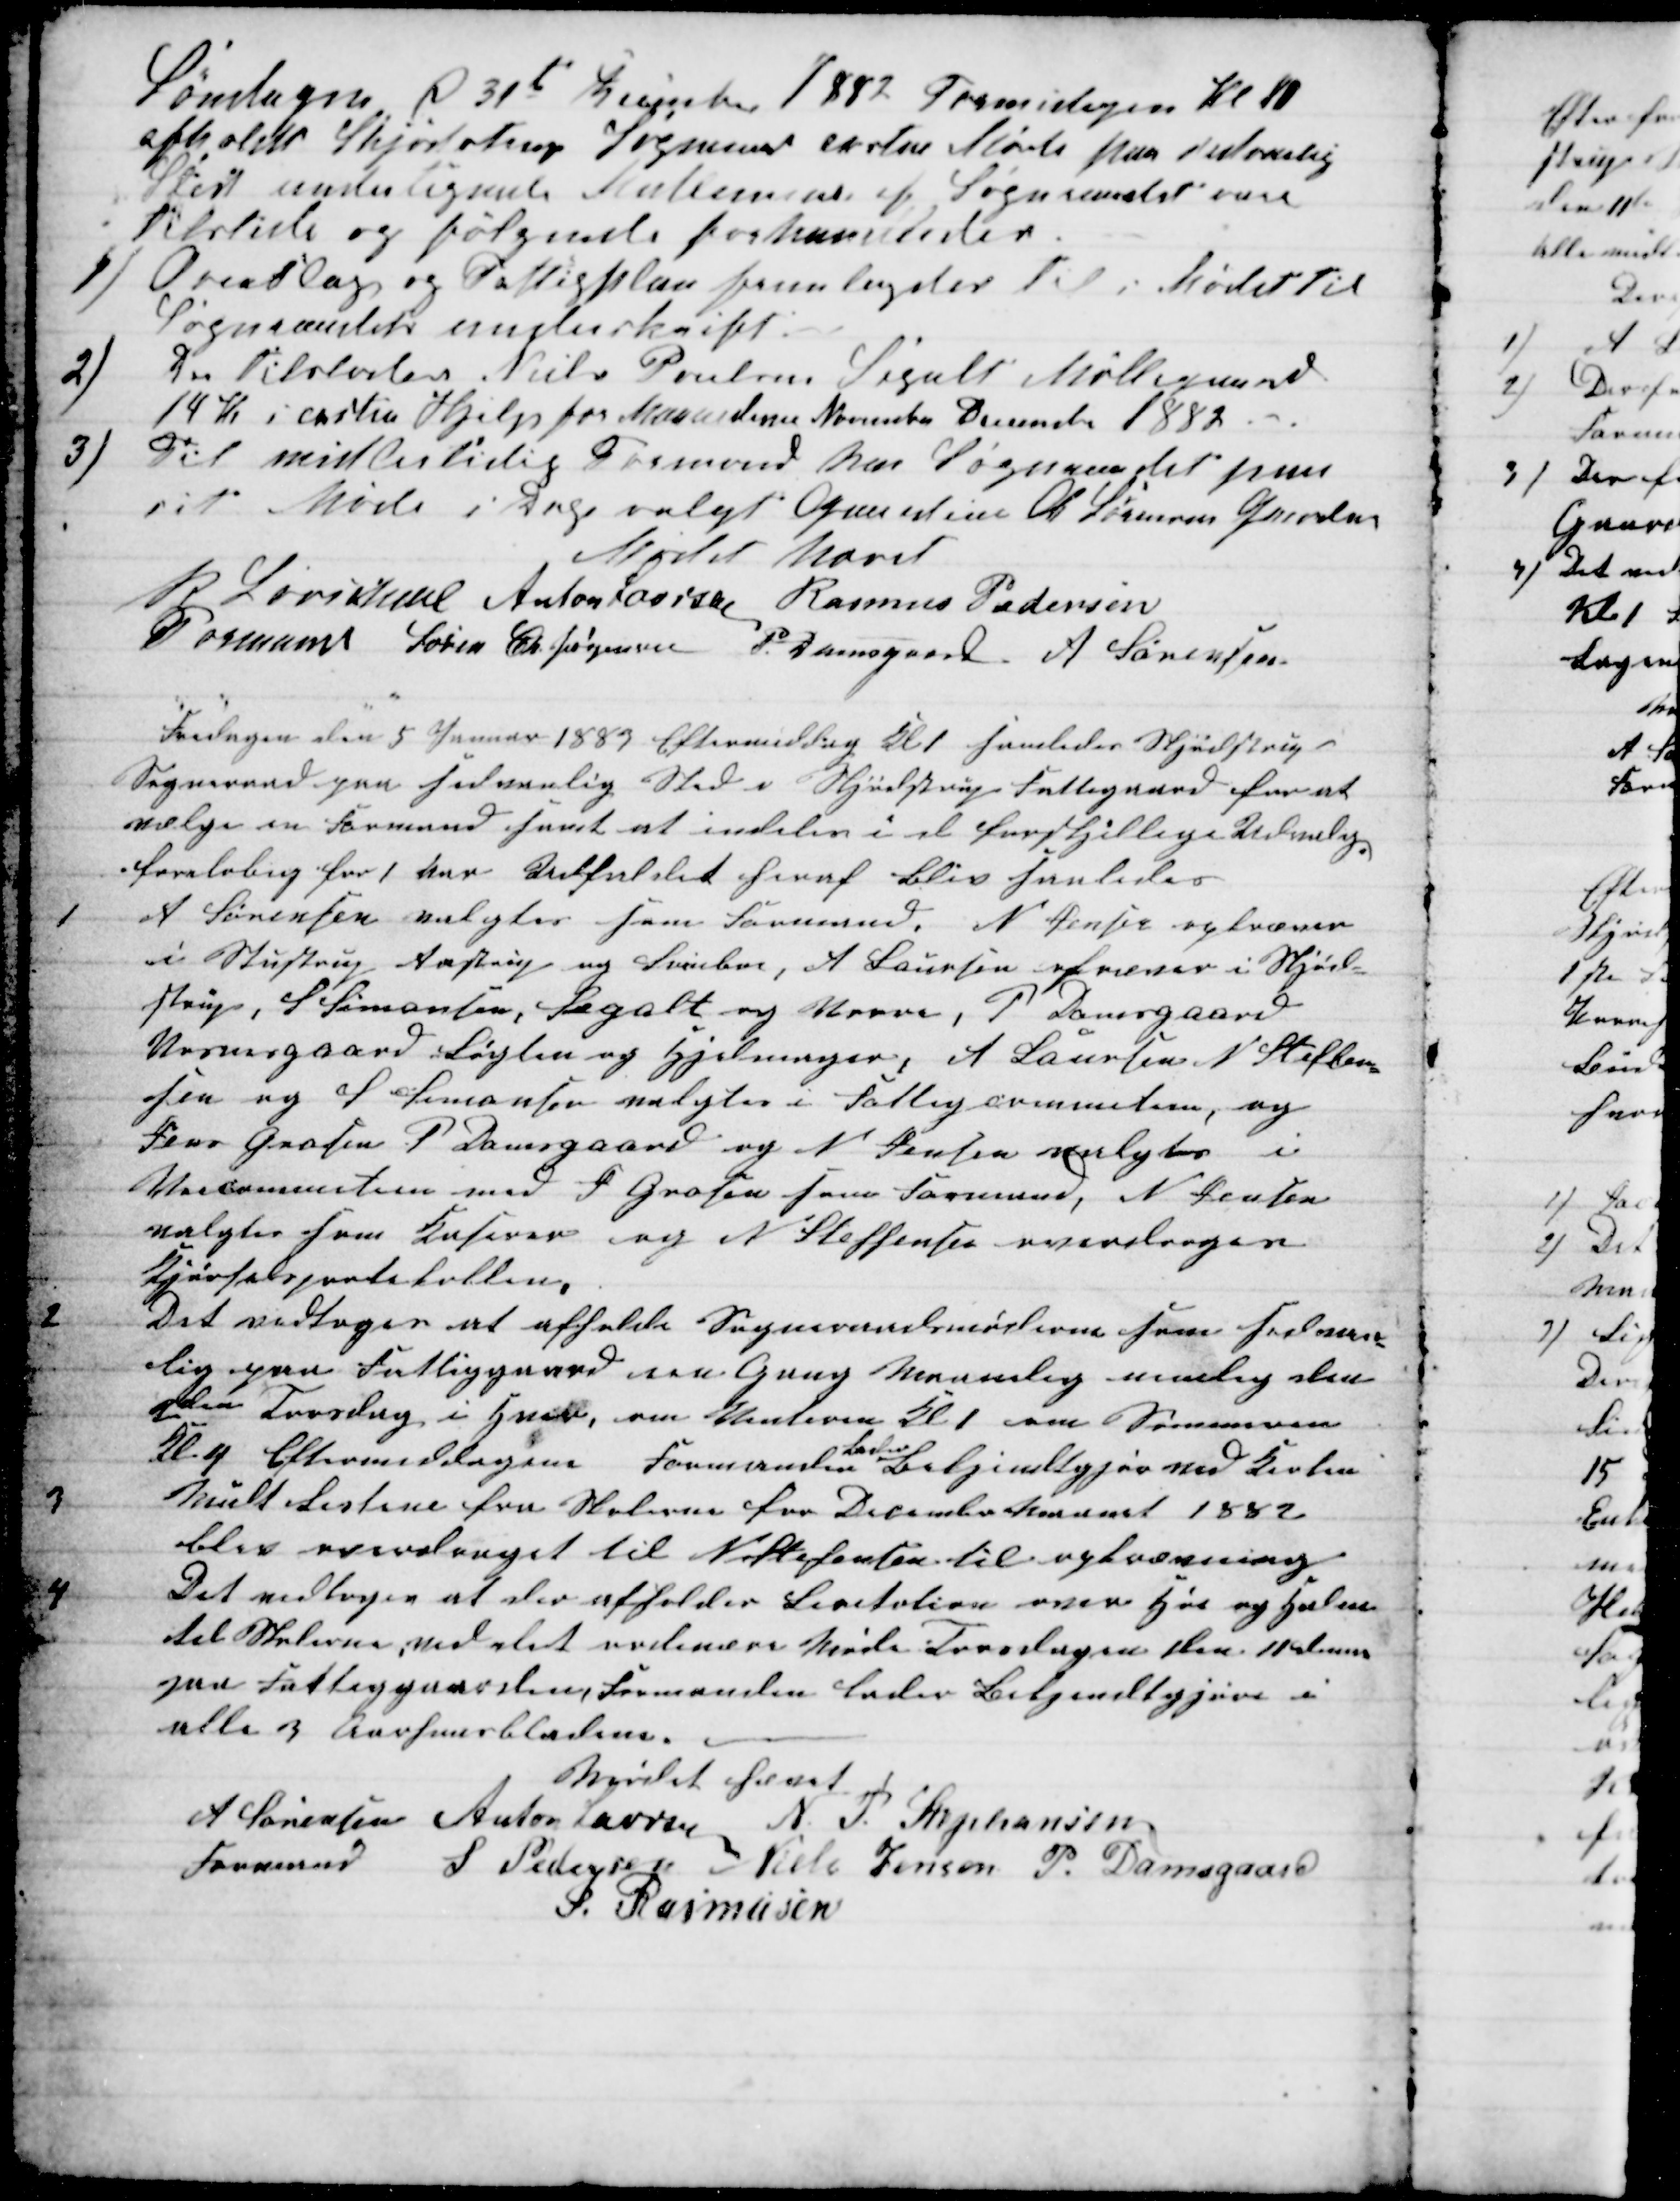
Transskription:
Søndagen d 31te December 1882 Formiddagen Kl 10
afholdt Skjødstrup Sogneraad exstra Møde paa sedvanlig
Sted undertegnede Medlemmer af Sogneraadet vare
tilstede og følgende forhandledes.
1) Overslag og Fattigplan fremlagdes til i Mødet til
Sogneraadets underskrift:
2)
Der tilstodes Niels Poulsen Segalt Møllegaard
14 Kr i exstra Hjelp for Maanederne November December 1882 
3) 
Til midlertidig Formand har Sogneraadet paa
sit Møde i Dag valgt Gaardeier A Sørensen Grevelund
Mødet hævet
R Løvschall 
Formand 
Anton Laursen Rasmus Pedersen
Søren Chr. Jørgensen P. Damsgaard A Sørensen
Fredagen den 5 Januar 1883 Eftermiddag Kl 1 samledes Skjødstrup
Sogneraad paa sedvanlig Sted i Skjødstrup Fattigaard for at
vælge en Formand samt at indeles i de forskjellige Udvalg
foreløbig for 1 Aar Resultat heraf blev saaledes
1
A Sørensen valgtes som Formand N. Jensen opkræver
i Studstrup Aastrup og Svinboe, A Laursen opkræver i Skjød-
strup, S Simonsen, Segalt og Vorre, P. Damsgaard
Vosnesgaard Løgten og Hjelmager, A Laursen N. Stephan-
sen og S. Simonsen valgtes i Fattigcommiteen, og
Jens Grosen P Damsgaard og N Jensen valgtes i
Veicommiteen med J Grosen som Formand, N Jensen
valgtes som Kaserer og N Steffensen overdroges
Kjørselsprotokollen.
2
Det vedtoges at afholde Sogneraadsmøderne som sedvan-
lig paa Fattiggaard een Gang Maanelig nemlig den
anden Torsdag i Hver, om Vinteren Kl 1 om Sommeren
Kl 4 Eftermiddagen Formanden 
Lader
Bekjendtgjør ved Kirken
3
Mult Listene fra Skolerne for December Maaned 1882
blev overdraget til N Stefansen til opkrævning
4
Det vedtoges at der afholdes Licitation over Hø og Halm
til Skolerne ved det ordinære Møde Torsdagen den 11 dennes
paa Fattiggaarden, Formanden Lader Bekjendtgjøre i
alle 3 Aarhuusbladene.
Mødet hævet
A Sørensen 
Formand
Anton Laursen N. P. Stephansen
S Pedersen  Niels Jensen P. Damsgaard
S. Rasmusen